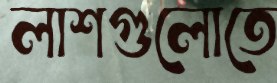
লাশগুলোতে